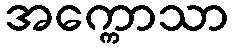
အက္ကောသာ